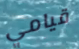
قيامي